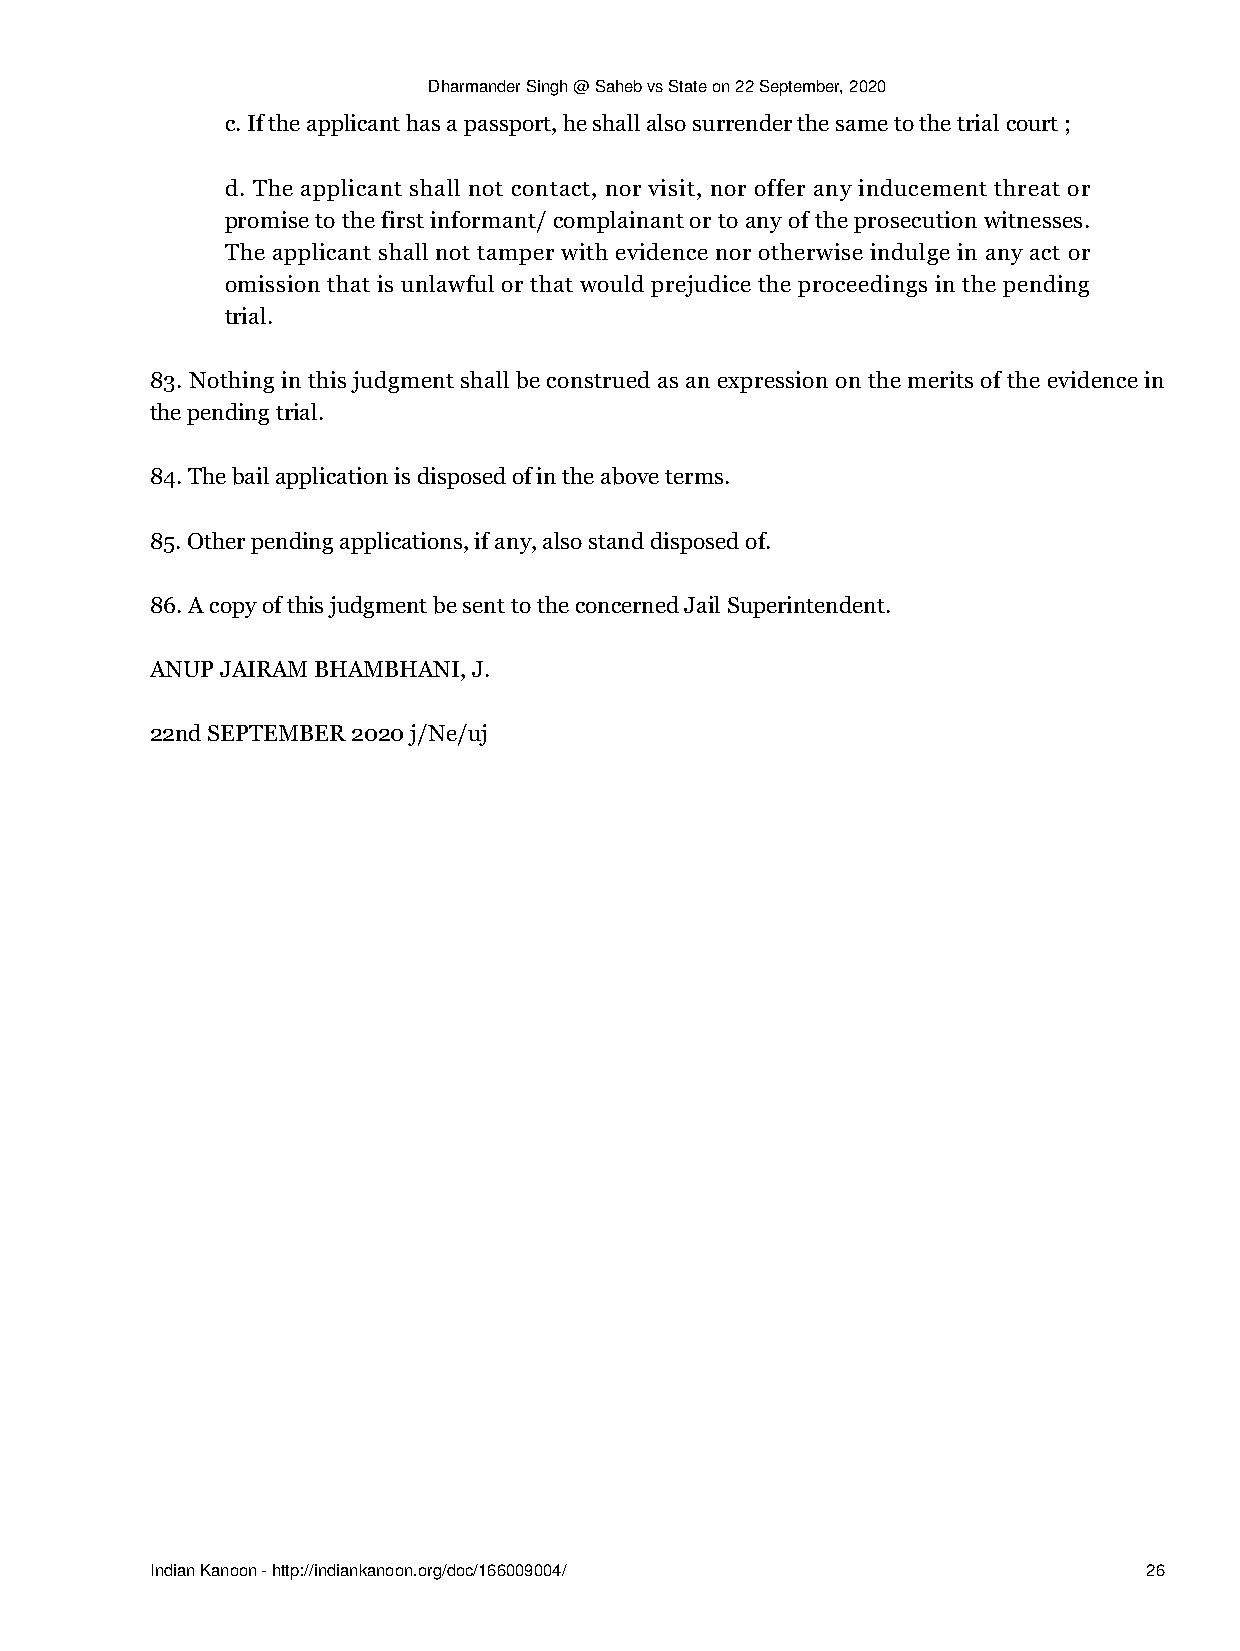
Dharmander Singh @ Saheb vs State on 22 September, 2020
 c. If the applicant has a passport, he shall also surrender the same to the trial court ;
 d. The applicant shall not contact, nor visit, nor offer any inducement threat or
 promise to the first informant/ complainant or to any of the prosecution witnesses.
 The applicant shall not tamper with evidence nor otherwise indulge in any act or
 omission that is unlawful or that would prejudice the proceedings in the pending
 trial.
 83. Nothing in this judgment shall be construed as an expression on the merits of the evidence in
 the pending trial.
 84. The bail application is disposed of in the above terms.
 85. Other pending applications, if any, also stand disposed of.
 86. A copy of this judgment be sent to the concerned Jail Superintendent.
 ANUP JAIRAM BHAMBHANI, J.
 22nd SEPTEMBER 2020 j/Ne/uj
 Indian Kanoon - http://indiankanoon.org/doc/166009004/            26